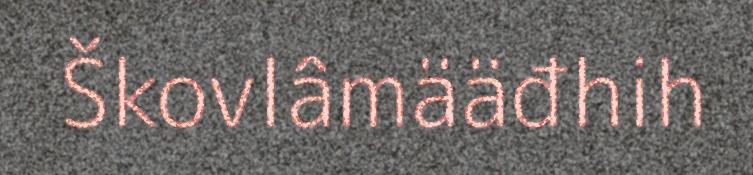
Škovlâmääđhih